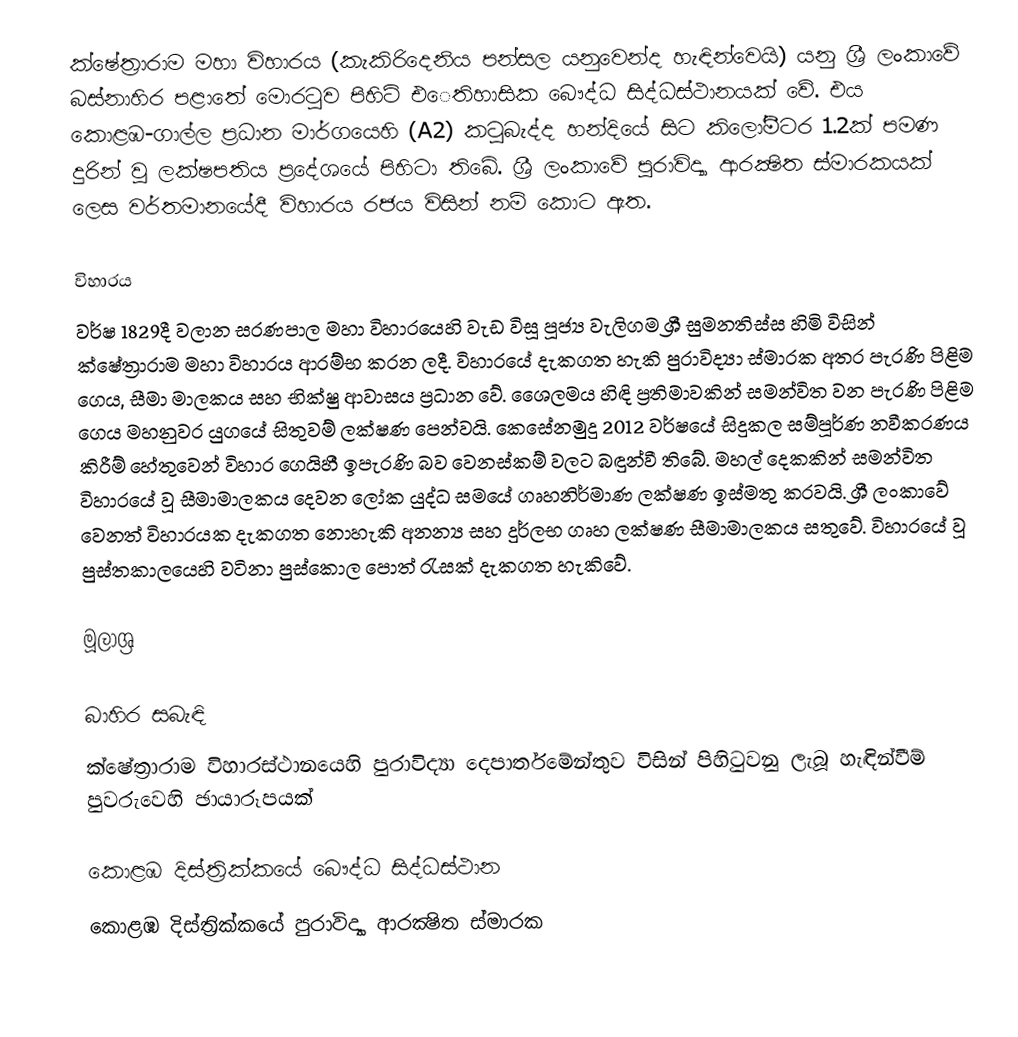
ක්ෂේත්‍රාරාම මහා විහාරය (කැකිරිදෙනිය පන්සල යනුවෙන්ද හැඳින්වෙයි) යනු ශ්‍රී ලංකාවේ බස්නාහිර පළාතේ මොරටුව පිහිටි එෙතිහාසික බෞද්ධ සිද්ධස්ථානයක් වේ. එය කොළඹ-ගාල්ල ප්‍රධාන මාර්ගයෙහි (A2) කටුබැද්ද හන්දියේ සිට කිලෝමීටර 1.2ක් පමණ දුරින් වූ ලක්ෂපතිය ප්‍රදේශයේ පිහිටා තිබේ. ශ්‍රී ලංකාවේ පුරාවිද්‍යා ආරක්‍ෂිත ස්මාරකයක් ලෙස වර්තමානයේදී විහාරය රජය විසින් නම් කොට ඇත.

විහාරය
වර්ෂ 1829දී වලාන සරණපාල මහා විහාරයෙහි වැඩ විසූ පූජ්‍ය වැලිගම ශ්‍රී සුමනතිස්ස හිමි විසින් ක්ෂේත්‍රාරාම මහා විහාරය ආරම්භ කරන ලදී. විහාරයේ දැකගත හැකි පුරාවිද්‍යා ස්මාරක අතර පැරණි පිළිම ගෙය, සීමා මාලකය සහ භික්ෂු ආවාසය ප්‍රධාන වේ. ශෙෙලමය හිඳි ප්‍රතිමාවකින් සමන්විත වන පැරණි පිළිම ගෙය මහනුවර යුගයේ සිතුවම් ලක්ෂණ පෙන්වයි. කෙසේනමුදු 2012 වර්ෂයේ සිදුකල සම්පූර්ණ නවීකරණය කිරීම් හේතුවෙන් විහාර ගෙයිහී ඉපැරණි බව වෙනස්කම් වලට බඳුන්වී තිබේ. මහල් දෙකකින් සමන්විත විහාරයේ වූ සීමාමාලකය දෙවන ලෝක යුද්ධ සමයේ ගෘහනිර්මාණ ලක්ෂණ ඉස්මතු කරවයි. ශ්‍රී ලංකාවේ වෙනත් විහාරයක දැකගත නොහැකි අනන්‍ය සහ දුර්ලභ ගෘහ ලක්ෂණ සීමාමාලකය සතුවේ. විහාරයේ වූ පුස්තකාලයෙහි වටිනා පුස්කොල පොත් රැසක් දැකගත හැකිවේ.

මූලාශ්‍ර

බාහිර සබැඳි
ක්ෂේත්‍රාරාම විහාරස්ථානයෙහි පුරාවිද්‍යා දෙපාර්තමේන්තුව විසින් පිහිටුවනු ලැබූ හැඳින්වීම් පුවරුවෙහි ඡායාරූපයක්

කොළඹ දිස්ත්‍රික්කයේ බෞද්ධ සිද්ධස්ථාන‎
කොළඹ දිස්ත්‍රික්කයේ පුරාවිද්‍යා ආරක්‍ෂිත ස්මාරක